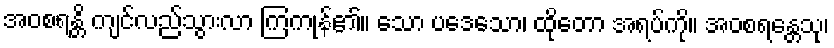
အဝစရန္တိ ကျင်လည်သွားလာ ကြကုန်၏။ သော ပဒေသော၊ ထိုတော အရပ်ကို။ အဝစရန္တေသု၊